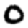
Digit: 0